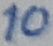
Text: 10